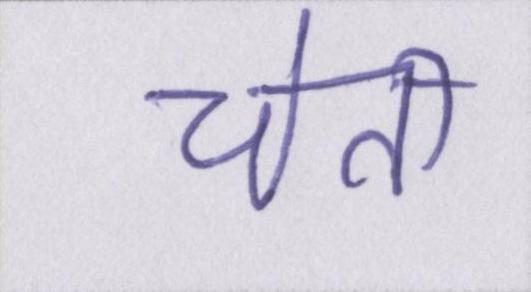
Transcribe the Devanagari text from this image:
चेती